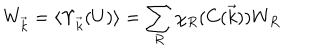
W _ { \vec { k } } = \langle \Upsilon _ { \vec { k } } ( U ) \rangle = \sum _ { R } \chi _ { R } ( C ( \vec { k } ) ) W _ { R }